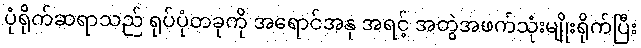
ပုံရိုက်ဆရာသည် ရုပ်ပုံတခုကို အရောင်အနု အရင့် အတွဲအဖက်သုံးမျိုးရိုက်ပြီး